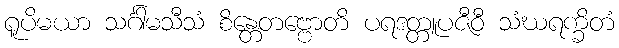
ရူပိမယာ သင်္ဂါမသီသံ စိန္တေတဗ္ဗောတိ ပရဒတ္တူပဇီဝီ သံဃရက္ခိတံ